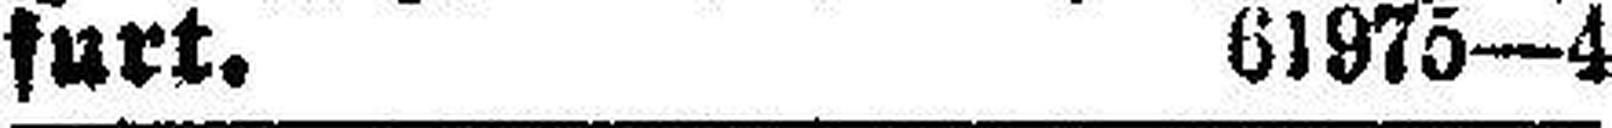
furt. 61975—4